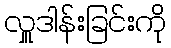
လှူဒါန်းခြင်းကို